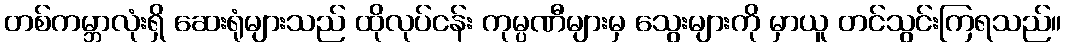
တစ်ကမ္ဘာလုံးရှိ ဆေးရုံများသည် ထိုလုပ်ငန်း ကုမ္ပဏီများမှ သွေးများကို မှာယူ တင်သွင်းကြရသည်။